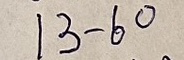
13 - 60